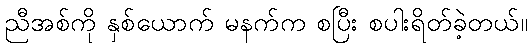
ညီအစ်ကို နှစ်ယောက် မနက်က စပြီး စပါးရိတ်ခဲ့တယ်။